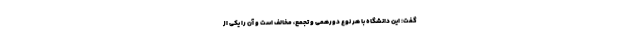
گفت: این دانشگاه با هر نوع دورهمی و تجمع، مخالف است و آن را یکی از